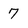
Character: 7